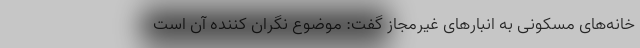
خانه‌های مسکونی به انبارهای غیرمجاز گفت: موضوع نگران کننده آن است